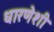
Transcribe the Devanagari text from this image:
धारणेशी